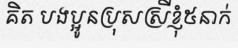
គិត បងប្អូនប្រុសស្រីខ្ញុំ៥នាក់